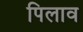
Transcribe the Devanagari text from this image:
पिलाव